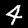
Label: 4